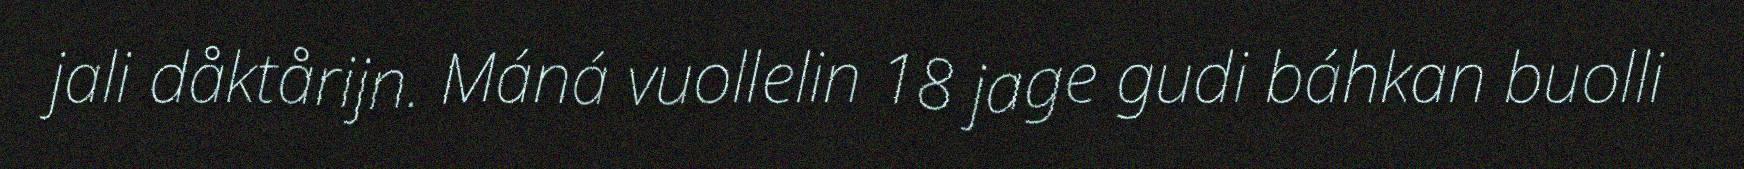
jali dåktårijn. Máná vuollelin 18 jage gudi báhkan buolli